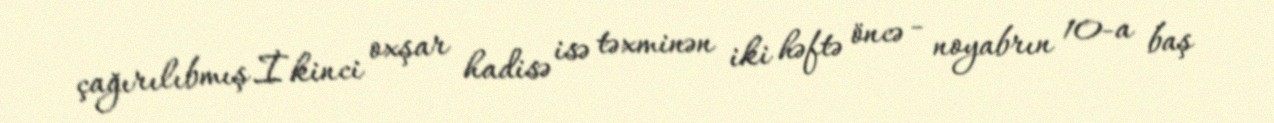
çağırılıbmış.İkinci oxşar hadisə isə təxminən iki həftə öncə - noyabrın 10-a baş